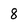
Character: 8